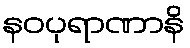
နဝပုရာဏာနိ